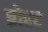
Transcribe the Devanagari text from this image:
ब्रोस्ट